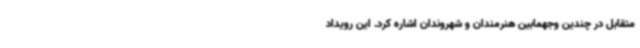
متقابل در چندین وجهمابین هنرمندان و شهروندان اشاره کرد. این رویداد